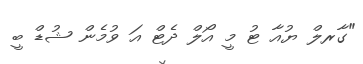
"ގާރލް ޔުއާ ޓު މީ އޯލް ދެޓް އަ ވުމެން ޝުޑް ބީ